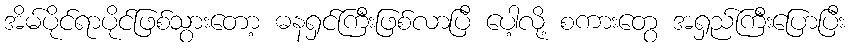
အိမ်ပိုင်ရာပိုင်ဖြစ်သွားတော့ ဓနရှင်ကြီးဖြစ်လာပြီ ပေါ့လို့ စကားတွေ အရှည်ကြီးပြောပြီး